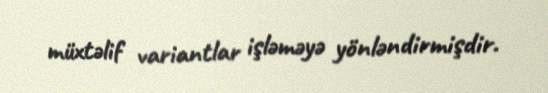
müxtəlif variantlar işləməyə yönləndirmişdir.